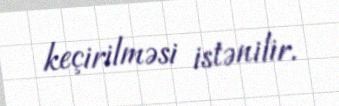
keçirilməsi istənilir.